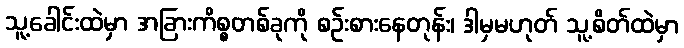
သူ့ခေါင်းထဲမှာ အခြားကိစ္စတစ်ခုကို စဉ်းစားနေတုန်း၊ ဒါမှမဟုတ် သူ့စိတ်ထဲမှာ